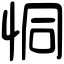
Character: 恫